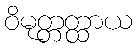
ဝိမုတ္တတ္ထာယ